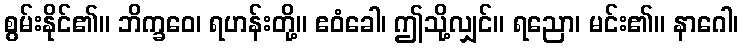
စွမ်းနိုင်၏။ ဘိက္ခဝေ၊ ရဟန်းတို့။ ဧဝံခေါ၊ ဤသို့လျှင်။ ရညော၊ မင်း၏။ နာဂေါ၊